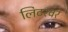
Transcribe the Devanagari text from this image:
लिटरवर